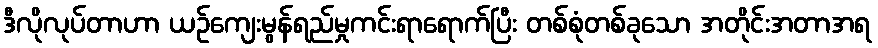
ဒီလိုလုပ်တာဟာ ယဉ်ကျေးမွန်ရည်မှုကင်းရာရောက်ပြီး တစ်စုံတစ်ခုသော အတိုင်းအတာအရ